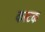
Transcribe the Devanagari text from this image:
करटक